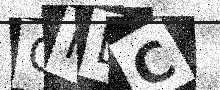
Text: GFDC